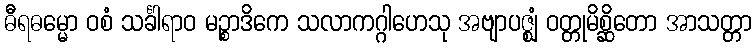
ဓီရဓမ္မော ဝစံ သင်္ခါရာဝ မဉ္စာဒိကေ သလာကဂ္ဂါဟေသု အဗျာပဇ္ဈံ ဝတ္တုမိစ္ဆိတော အာသတ္တာ